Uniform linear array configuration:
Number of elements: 12
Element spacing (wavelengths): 1
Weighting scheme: hamming
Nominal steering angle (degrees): -60
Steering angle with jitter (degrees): -61.573
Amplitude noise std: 0.05
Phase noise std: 0.05

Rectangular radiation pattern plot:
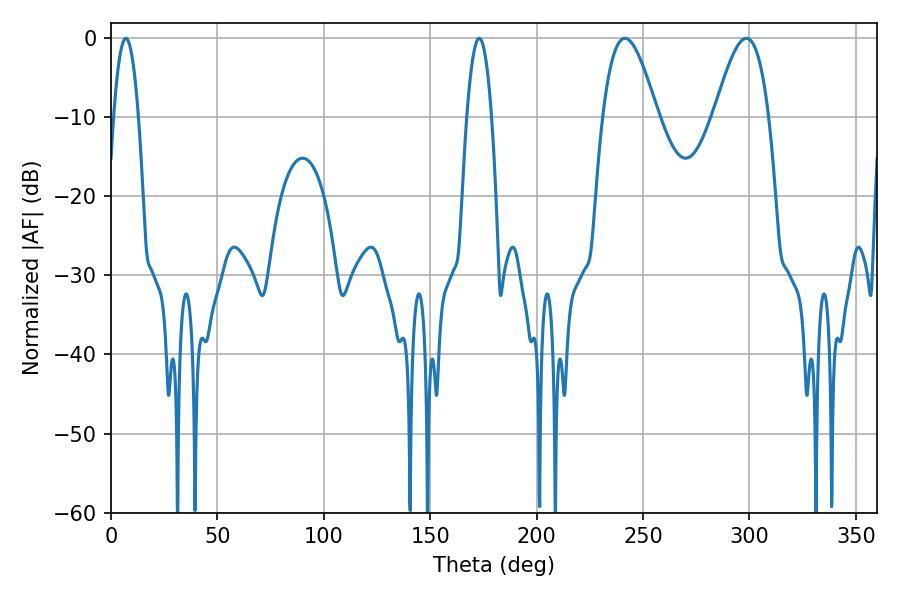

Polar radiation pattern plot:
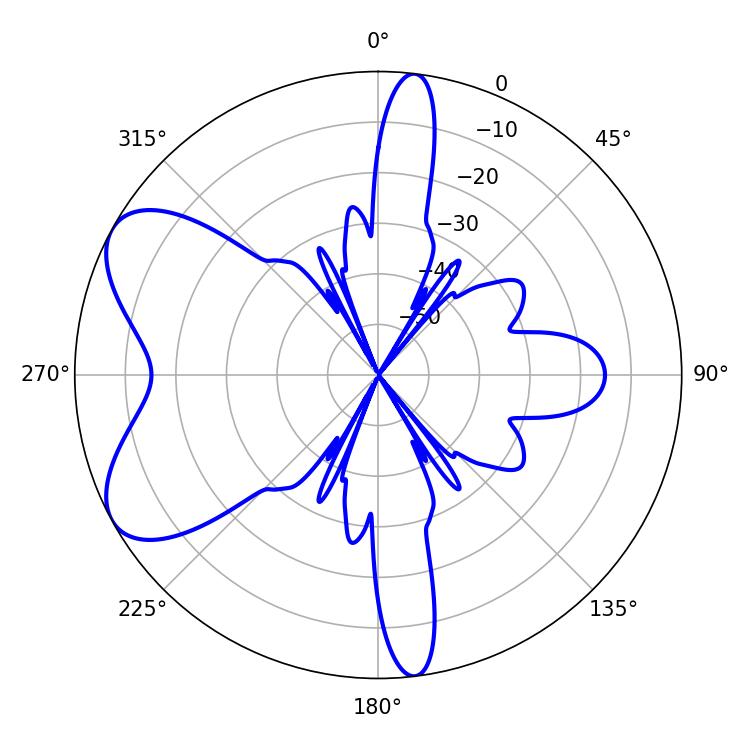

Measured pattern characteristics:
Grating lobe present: TRUE
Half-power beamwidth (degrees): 13.86
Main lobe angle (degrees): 298.62